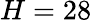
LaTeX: H=28